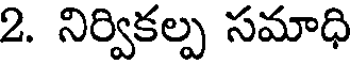
2. నిర్వికల్ప సమాధి